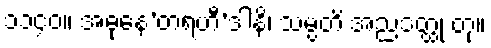
၁၁၄၀။ အဓုနေ’တရဟီ’ဒါနိ၊ သမ္ပတိ အညဒတ္ထု တု။